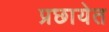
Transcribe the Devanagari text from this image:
प्रछायेत